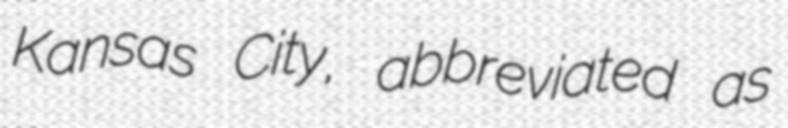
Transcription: Kansas City, abbreviated as